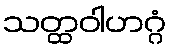
သတ္ထဝါဟဂ္ဂံ